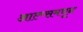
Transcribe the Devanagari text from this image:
आल्प्समधून